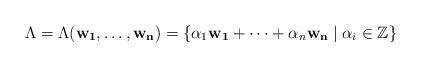
LaTeX: \begin{align*}\Lambda = \Lambda(\mathbf{w_1}, \dots, \mathbf{w_n}) =\{ \alpha_1 \mathbf{w_1} + \dots + \alpha_n \mathbf{w_n} \mid \alpha_i \in \mathbb{Z} \}\end{align*}